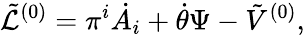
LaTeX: {\tilde{\cal L}}^{(0)}=\pi^{i}\dot{A_{i}}+\dot{\theta}\Psi-{\tilde{V}}^{(0)},